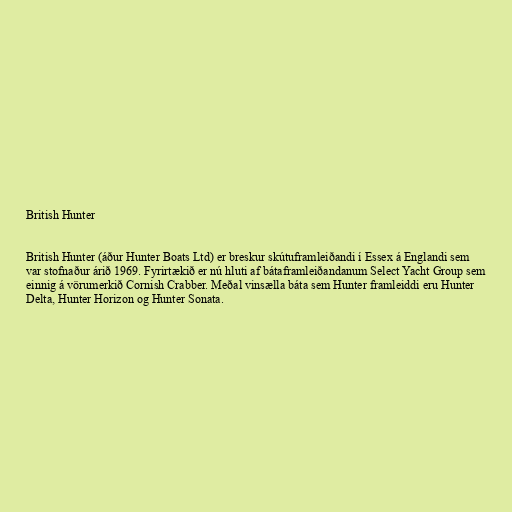
British Hunter

British Hunter (áður Hunter Boats Ltd) er breskur skútuframleiðandi í Essex á Englandi sem
var stofnaður árið 1969. Fyrirtækið er nú hluti af bátaframleiðandanum Select Yacht Group sem
einnig á vörumerkið Cornish Crabber. Meðal vinsælla báta sem Hunter framleiddi eru Hunter
Delta, Hunter Horizon og Hunter Sonata.